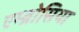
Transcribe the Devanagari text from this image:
एम्ब्रोसिया